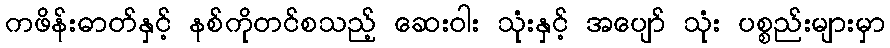
ကဖိန်းဓာတ်နှင့် နစ်ကိုတင်စသည့် ဆေးဝါး သုံးနှင့် အပျော် သုံး ပစ္စည်းများမှာ